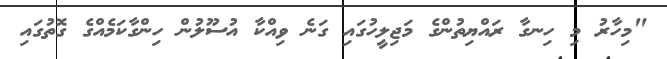
"މިހާރު މި ހިނގާ ރައްޔިތުންގެ މަޖިލީހުގައި ގަނެ ވިއްކާ އުސޫލުން ހިންގާކަމެއްގެ ގޮތުގައި